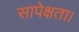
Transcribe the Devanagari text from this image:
सापेक्षता।